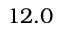
1 2 . 0